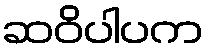
ဆဝိပါပက